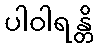
ပါဝါရန္တိ